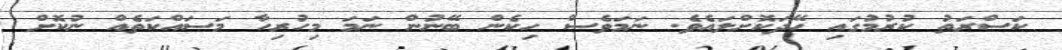
ކަސްރަތު ކުރުމުގައި ހޭދަކޮށްލައެވެ. ނަމަވެސް ހިކެން ބޭނުން ނަމަ މިހުރިހާ މަސައްކަތެއް ނުކޮށް